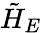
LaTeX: \tilde{H}_{E}